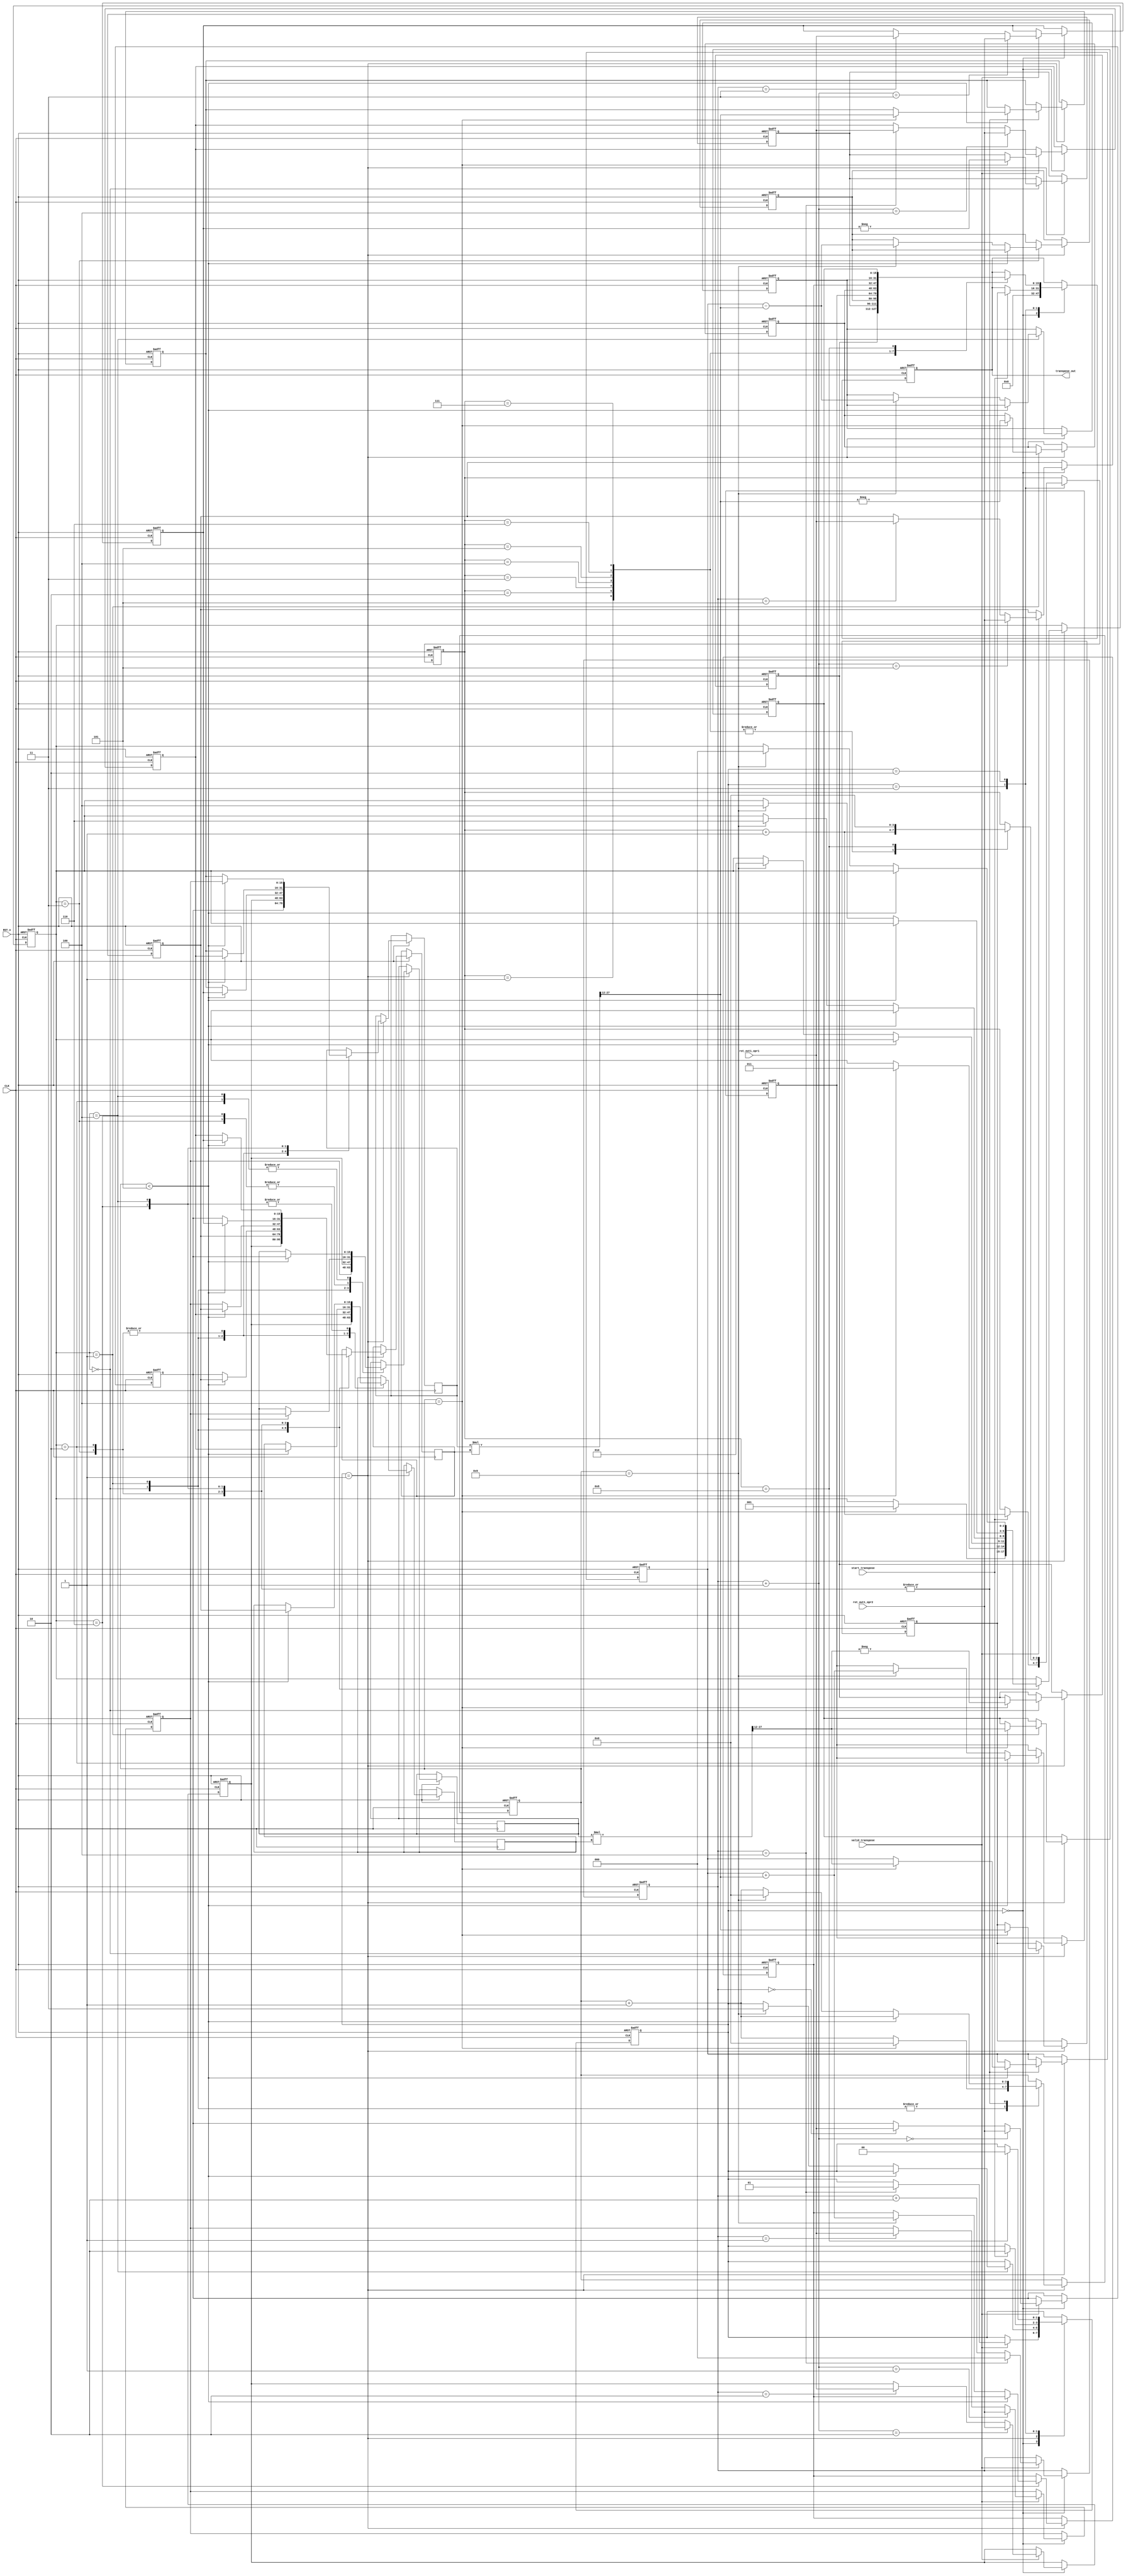
module Q_Transpose 
#(parameter WORDLEN            = 16 , FRACTION_WIDTH = 12, 
            MATRIX_ELEMENT_NUM = 9)
(
    input  wire  signed [WORDLEN - 1 : 0]    rot_out1_opr1,    // cos theta 
    input  wire  signed [WORDLEN - 1 : 0]    rot_out1_opr2,    // sin theta 
    input  wire                              CLK,
    input  wire                              RST_n,
    input  wire                              valid_transpose,
    input  wire                              start_transpose,
    output reg   signed [WORDLEN - 1 : 0]    transpose_out     // elements of Q transpose with this order A11,A12,A13,A21,A22,A23,A31,A32,A33
); 
   
           reg  signed [WORDLEN - 1 : 0]  matrix_reg [5:0];
           reg  signed [WORDLEN - 1 : 0]  trans_matrix_reg [MATRIX_ELEMENT_NUM - 1 : 0]  ;    // to hold "BE-AFD"  
           reg  signed [WORDLEN - 1 : 0]  temp_reg1,temp_reg2;            		       // to hold "BE-AFD"
           reg         [1:0]              state;
           reg         [2:0]              element;
           reg         [3:0]              mult_delay_count;
           reg         [3:0]              out_data_counter;
           reg         [2:0]              In_Data_Counter;
           reg  signed [15:0]             Mul1_In1;
           reg  signed [15:0]             Mul1_In2;
           reg  signed [15:0]             Mul2_In1;
           reg  signed [15:0]             Mul2_In2;
           wire signed [31:0]             Mul1_Temp;
           wire signed [31:0]             Mul2_Temp;
           wire signed [15:0]             Mul1_Out;
           wire signed [15:0]             Mul2_Out;
integer i;

localparam in_data              = 2'b00;
localparam calculation          = 2'b01;
localparam wait_start           = 2'b11;
localparam out_data             = 2'b10;

localparam calc_element00_01_02 = 3'b000;
localparam calc_element13_33    = 3'b001;
localparam calc_element21        = 3'b011;
localparam calc_element22        = 3'b010;
localparam calc_element31        = 3'b110;
localparam calc_element32        = 3'b100;

assign Mul1_Temp = Mul1_In1 * Mul1_In2;
assign Mul2_Temp = Mul2_In1 * Mul2_In2;
assign Mul1_Out  = Mul1_Temp[27:12];
assign Mul2_Out  = Mul2_Temp[27:12];

always @(posedge CLK or negedge RST_n) begin
    if (!RST_n) begin
        for(i=0; i < 6 ; i = i + 1) 
            matrix_reg [i] <= 0; 
        for(i=0; i < MATRIX_ELEMENT_NUM ; i = i + 1)
            trans_matrix_reg [i] <= 0; 
        transpose_out       <= 0;
        mult_delay_count    <= 0;
        out_data_counter    <= 0;
        In_Data_Counter     <= 0;
        state               <= 0;
        element             <= 0;
        temp_reg1           <= 0; 
        temp_reg2           <= 0;
    end 
    else begin
        case(state)
            in_data: begin
                transpose_out <= 'b0;
                if (valid_transpose) begin 
                    matrix_reg [In_Data_Counter]     <= rot_out1_opr1 ;
                    matrix_reg [In_Data_Counter + 1] <= rot_out1_opr2 ;
                    In_Data_Counter <= In_Data_Counter + 2'd2;
                    if(In_Data_Counter == 3'd4)begin
                        state <= calculation;
                        In_Data_Counter <= 0;
                    end
                end
            end
            calculation: begin
                case (element)
                    calc_element00_01_02 : begin
                        Mul1_In1 <= matrix_reg[0];
                        Mul1_In2 <= matrix_reg[2];
                        Mul2_In1 <= matrix_reg[1];
                        Mul2_In2 <= matrix_reg[2];
                        mult_delay_count <= mult_delay_count + 1'b1;
                        if(mult_delay_count == 3'd4)begin
                            trans_matrix_reg [0] <=   Mul1_Out;
                            trans_matrix_reg [1] <= - Mul2_Out;
                            trans_matrix_reg [2] <= - matrix_reg [3] ;
                            mult_delay_count <= 'b0;
                            element <= calc_element13_33;
                        end
                    end
                    calc_element13_33: begin
                        Mul1_In1 <= matrix_reg[2];
                        Mul1_In2 <= matrix_reg[5];
                        Mul2_In1 <= matrix_reg[2];
                        Mul2_In2 <= matrix_reg [4];
                        mult_delay_count <= mult_delay_count + 1'b1;
                        if(mult_delay_count == 3'd4)begin
                            trans_matrix_reg [5] <= - Mul1_Out;
                            trans_matrix_reg [8] <=   Mul2_Out;
                            mult_delay_count <= 'b0;
                            element <= calc_element21;
                        end
                    end
                    calc_element21 : begin 
                        if(mult_delay_count < 5)begin
                            Mul1_In1 <= matrix_reg[3];
                            Mul1_In2 <= matrix_reg[5];
                            Mul2_In1 <= matrix_reg[1];
                            Mul2_In2 <= matrix_reg[4];
                            mult_delay_count <= mult_delay_count + 1'b1;
                            if(mult_delay_count == 3'd4)begin
                                temp_reg1 <= Mul1_Out;
                                temp_reg2 <= Mul2_Out;
                            end
                        end
                        else begin
                            Mul1_In1 <= temp_reg1;
                            Mul1_In2 <= matrix_reg[0];
                            mult_delay_count <= mult_delay_count + 1'b1;
                            if(mult_delay_count == 4'd9)begin
                                trans_matrix_reg[3] <= temp_reg2 - Mul1_Out;
                                mult_delay_count <= 'b0;
                                element <= calc_element22;
                            end
                        end
                    end 
                    calc_element22 : begin 
                        if(mult_delay_count < 5)begin
                            Mul1_In1 <= matrix_reg[3];
                            Mul1_In2 <= matrix_reg[5];
                            Mul2_In1 <= matrix_reg[0];
                            Mul2_In2 <= matrix_reg[4];
                            mult_delay_count <= mult_delay_count + 1'b1;
                            if(mult_delay_count == 3'd4)begin
                                temp_reg1 <= Mul1_Out;
                                temp_reg2 <= Mul2_Out;
                            end
                        end
                        else begin
                            Mul1_In1 <= temp_reg1;
                            Mul1_In2 <= matrix_reg[1];
                            mult_delay_count <= mult_delay_count + 1'b1;
                            if(mult_delay_count == 4'd9)begin
                                trans_matrix_reg[4] <= temp_reg2 + Mul1_Out;
                                mult_delay_count <= 'b0;
                                element <= calc_element31;
                            end
                        end
                    end  
                    calc_element31 : begin 
                        if(mult_delay_count < 5)begin
                            Mul1_In1 <= matrix_reg[4];
                            Mul1_In2 <= matrix_reg[3];
                            Mul2_In1 <= matrix_reg[1];
                            Mul2_In2 <= matrix_reg[5];
                            mult_delay_count <= mult_delay_count + 1'b1;
                            if(mult_delay_count == 3'd4)begin
                                temp_reg1 <= Mul1_Out;
                                temp_reg2 <= Mul2_Out;
                            end
                        end
                        else begin
                            Mul1_In1 <= temp_reg1;
                            Mul1_In2 <= matrix_reg[0];
                            mult_delay_count <= mult_delay_count + 1'b1;
                            if(mult_delay_count == 4'd9)begin
                                trans_matrix_reg[6] <= temp_reg2 + Mul1_Out;
                                mult_delay_count <= 'b0;
                                element <= calc_element32;
                            end
                        end
                    end  
                    calc_element32 : begin 
                        if(mult_delay_count < 5)begin
                            Mul1_In1 <= matrix_reg[1];
                            Mul1_In2 <= matrix_reg[3];
                            Mul2_In1 <= matrix_reg[0];
                            Mul2_In2 <= matrix_reg[5];
                            mult_delay_count <= mult_delay_count + 1'b1;
                            if(mult_delay_count == 3'd4)begin
                                temp_reg1 <= Mul1_Out;
                                temp_reg2 <= Mul2_Out;
                            end
                        end
                        else begin
                            Mul1_In1 <= temp_reg1;
                            Mul1_In2 <= matrix_reg[4];
                            mult_delay_count <= mult_delay_count + 1'b1;
                            if(mult_delay_count == 4'd9)begin
                                trans_matrix_reg[7] <= temp_reg2 - Mul1_Out;
                                mult_delay_count <= 'b0;
                                element <= calc_element00_01_02;
                                state <= wait_start;
                            end
                        end
                    end 
                endcase
            end
            wait_start: begin
                if(start_transpose) begin
                    state <= out_data;
                    transpose_out <= trans_matrix_reg[0]; 
                    out_data_counter <= out_data_counter + 1'b1;
                end
            end
            out_data: begin
                case(out_data_counter)
                    4'd1: begin
                        transpose_out <= trans_matrix_reg[1];
                        out_data_counter <= out_data_counter + 1'b1;
                    end
                    4'd2: begin
                        transpose_out <= trans_matrix_reg[2];
                        out_data_counter <= out_data_counter + 1'b1;
                    end
                    4'd3: begin
                        transpose_out <= trans_matrix_reg[3];
                        out_data_counter <= out_data_counter + 1'b1;
                    end
                    4'd4: begin
                        transpose_out <= trans_matrix_reg[4];
                        out_data_counter <= out_data_counter + 1'b1;
                    end
                    4'd5: begin
                        transpose_out <= trans_matrix_reg[5];
                        out_data_counter <= out_data_counter + 1'b1;
                    end
                    4'd6: begin
                        transpose_out <= trans_matrix_reg[6];
                        out_data_counter <= out_data_counter + 1'b1;
                    end
                    4'd7: begin
                        transpose_out <= trans_matrix_reg[7];
                        out_data_counter <= out_data_counter + 1'b1;
                    end
                    4'd8: begin
                        transpose_out <= trans_matrix_reg[8];
                        out_data_counter <= 'b0;
                        state <= in_data;
                    end
                endcase
            end
        endcase
    end
end         

endmodule